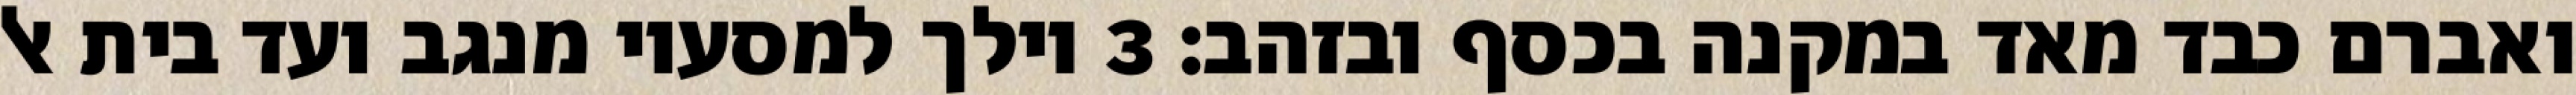
ואברם כבד מאד במקנה בכסף ובזהב׃ ‎3‏ וילך למסעיו מנגב ועד בית אל